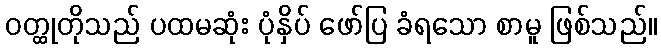
ဝတ္ထုတိုသည် ပထမဆုံး ပုံနှိပ် ဖော်ပြ ခံရသော စာမူ ဖြစ်သည်။